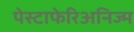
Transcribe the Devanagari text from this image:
पेस्टाफेरिअनिज्म